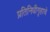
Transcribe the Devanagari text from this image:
प्रतिनिधीगृहाचे